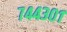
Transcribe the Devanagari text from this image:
७४४३०१